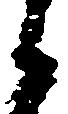
候